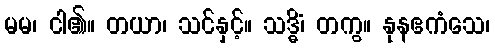
မမ၊ ငါ၏။ တယာ၊ သင်နှင့်။ သဒ္ဓိံ၊ တကွ။ နုနဧကံသေ၊